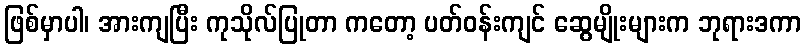
ဖြစ်မှာပါ၊ အားကျပြီး ကုသိုလ်ပြုတာ ကတော့ ပတ်ဝန်းကျင် ဆွေမျိုးများက ဘုရားဒကာ